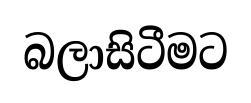
බලාසිටීමට